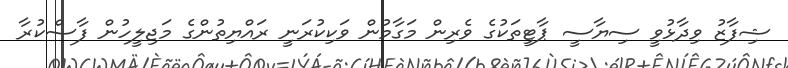
ޝިފާޒު ވިދާޅުވީ ސިޔާސީ ޕާޓީތަކުގެ ވެރިން މަގާމުން ވަކިކުރަނީ ރައްޔިތުންގެ މަޖިލީހުން ފާސްކުރާ